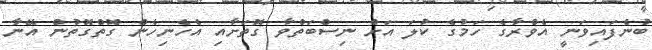
ބުނެފައިވަނީ އެވްރާގެ ހަމުގެ ކުލަ އަށް ނިސްބަތްވާ ގޮތަށާއި އެހެނިހެން ގޮތްގޮތުން އޭނާ